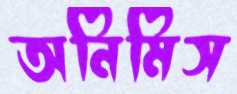
অনিমিস